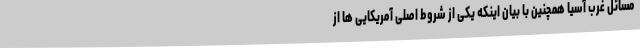
مسائل غرب آسیا همچنین با بیان اینکه یکی از شروط اصلی آمریکایی ها از